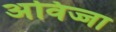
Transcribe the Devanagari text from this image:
अविज्जा